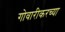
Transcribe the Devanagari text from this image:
गोवारीकरच्या